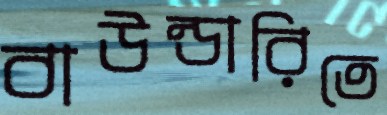
বাউন্ডারিতে